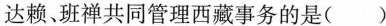
达赖、班禅共同管理西藏事务的是( )